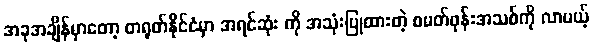
အခုအချိန်မှာတော့ တရုတ်နိုင်ငံမှာ အရင်ဆုံး ကို အသုံးပြုထားတဲ့ စမတ်ဖုန်းအသစ်ကို လာမယ့်